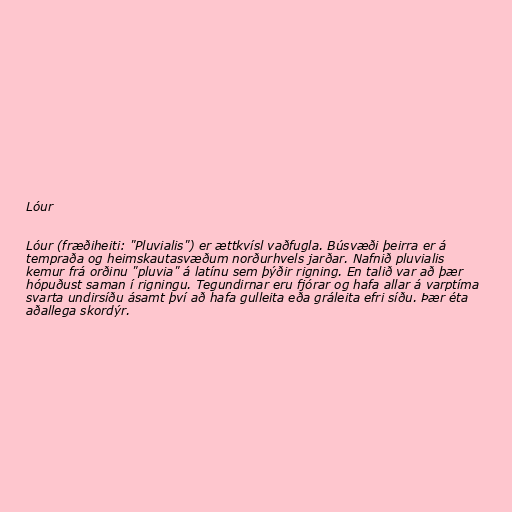
Lóur

Lóur (fræðiheiti: "Pluvialis") er ættkvísl vaðfugla. Búsvæði þeirra er á
tempraða og heimskautasvæðum norðurhvels jarðar. Nafnið pluvialis
kemur frá orðinu "pluvia" á latínu sem þýðir rigning. En talið var að þær
hópuðust saman í rigningu. Tegundirnar eru fjórar og hafa allar á varptíma
svarta undirsíðu ásamt því að hafa gulleita eða gráleita efri síðu. Þær éta
aðallega skordýr.